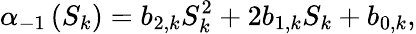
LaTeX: \displaystyle\alpha_{-1}\left(S_{k}\right)=b_{2,k}S_{k}^{2}+2b_{1,k}S_{k}+b_{0,k},